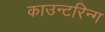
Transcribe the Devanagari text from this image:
काउन्टरिन्ग